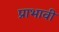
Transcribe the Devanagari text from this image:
प्राभावी